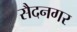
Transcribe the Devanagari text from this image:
सैदनगर